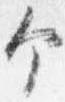
个